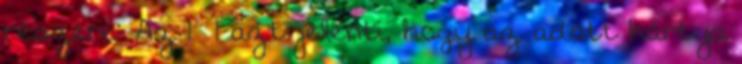
részére: Az 1 1 azt jelenti, hogy az adott kártya